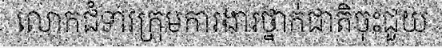
លោកជំទាវក្រុមការងារថ្នាក់ជាតិចុះជួយ